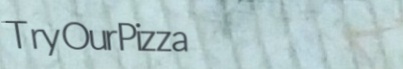
TryOurPizza